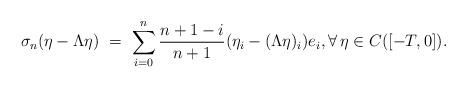
LaTeX: \begin{align*}\sigma_n(\eta-\Lambda\eta) \ = \ \sum_{i=0}^n \frac{n+1-i}{n+1} (\eta_i-(\Lambda\eta)_i) e_i, \forall\,\eta\in C([-T,0]).\end{align*}